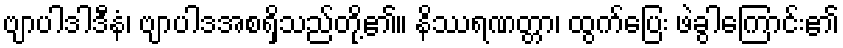
ဗျာပါဒါဒီနံ၊ ဗျာပါဒအစရှိသည်တို့၏။ နိဿရဏတ္တာ၊ ထွက်ပြေး ဖဲခွါကြောင်း၏